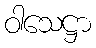
ဝါသေဋ္ဌာ